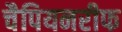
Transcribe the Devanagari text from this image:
चैपियनरीफ